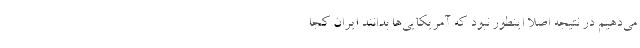
می‌دهیم در نتیجه اصلا اینطور نبود که آمریکایی‌ها بدانند ایران کجا